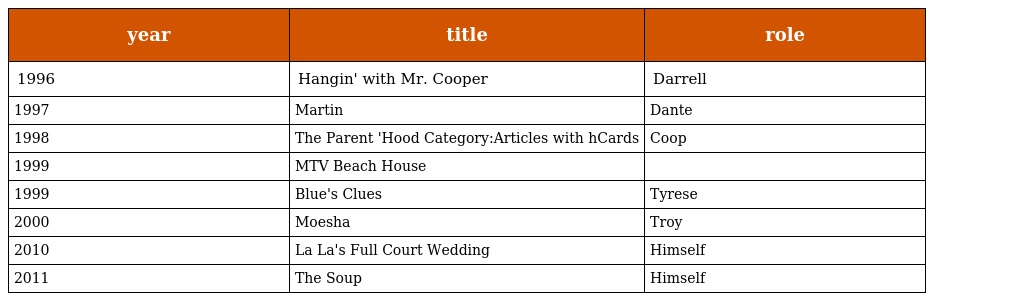
| year | title | role |
 | --- | --- | --- |
 | 1996 | Hangin' with Mr. Cooper | Darrell |
 | 1997 | Martin | Dante |
 | 1998 | The Parent 'Hood Category:Articles with hCards | Coop |
 | 1999 | MTV Beach House |  |
 | 1999 | Blue's Clues | Tyrese |
 | 2000 | Moesha | Troy |
 | 2010 | La La's Full Court Wedding | Himself |
 | 2011 | The Soup | Himself |